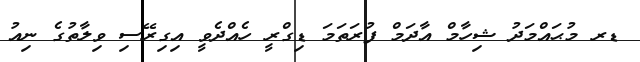
ޑރ މުޙައްމަދު ޝިހާމް އާދަމް ފުރަތަމަ ޑިގްރީ ހެއްދެވީ އިގިރޭސި ވިލާތުގެ ނިއު